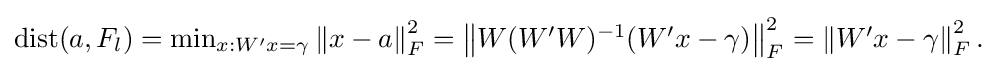
{\textstyle \operatorname {dist} (a,F_{l})=\min _{x:W'x=\gamma }\left\|x-a\right\|_{F}^{2}=\left\|W(W'W)^{-1}(W'x-\gamma )\right\|_{F}^{2}=\left\|W'x-\gamma \right\|_{F}^{2}.}